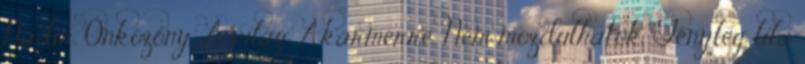
Nadír. Önközöny. A világ. Akármerre. Nem mozdulhatok. Tényleg lila